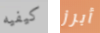
كيفيه أبرز